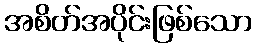
အစိတ်အပိုင်းဖြစ်သော